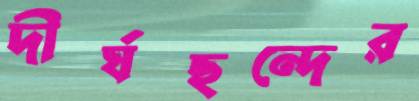
দীর্ঘছন্দের